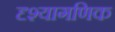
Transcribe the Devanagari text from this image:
दृश्यागणिक